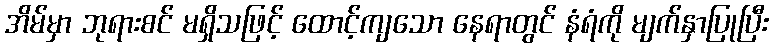
အိမ်မှာ ဘုရားစင် မရှိသဖြင့် ထောင့်ကျသော နေရာတွင် နံရံကို မျက်နှာပြုပြီး